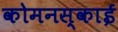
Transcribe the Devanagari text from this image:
कोमनस्काई